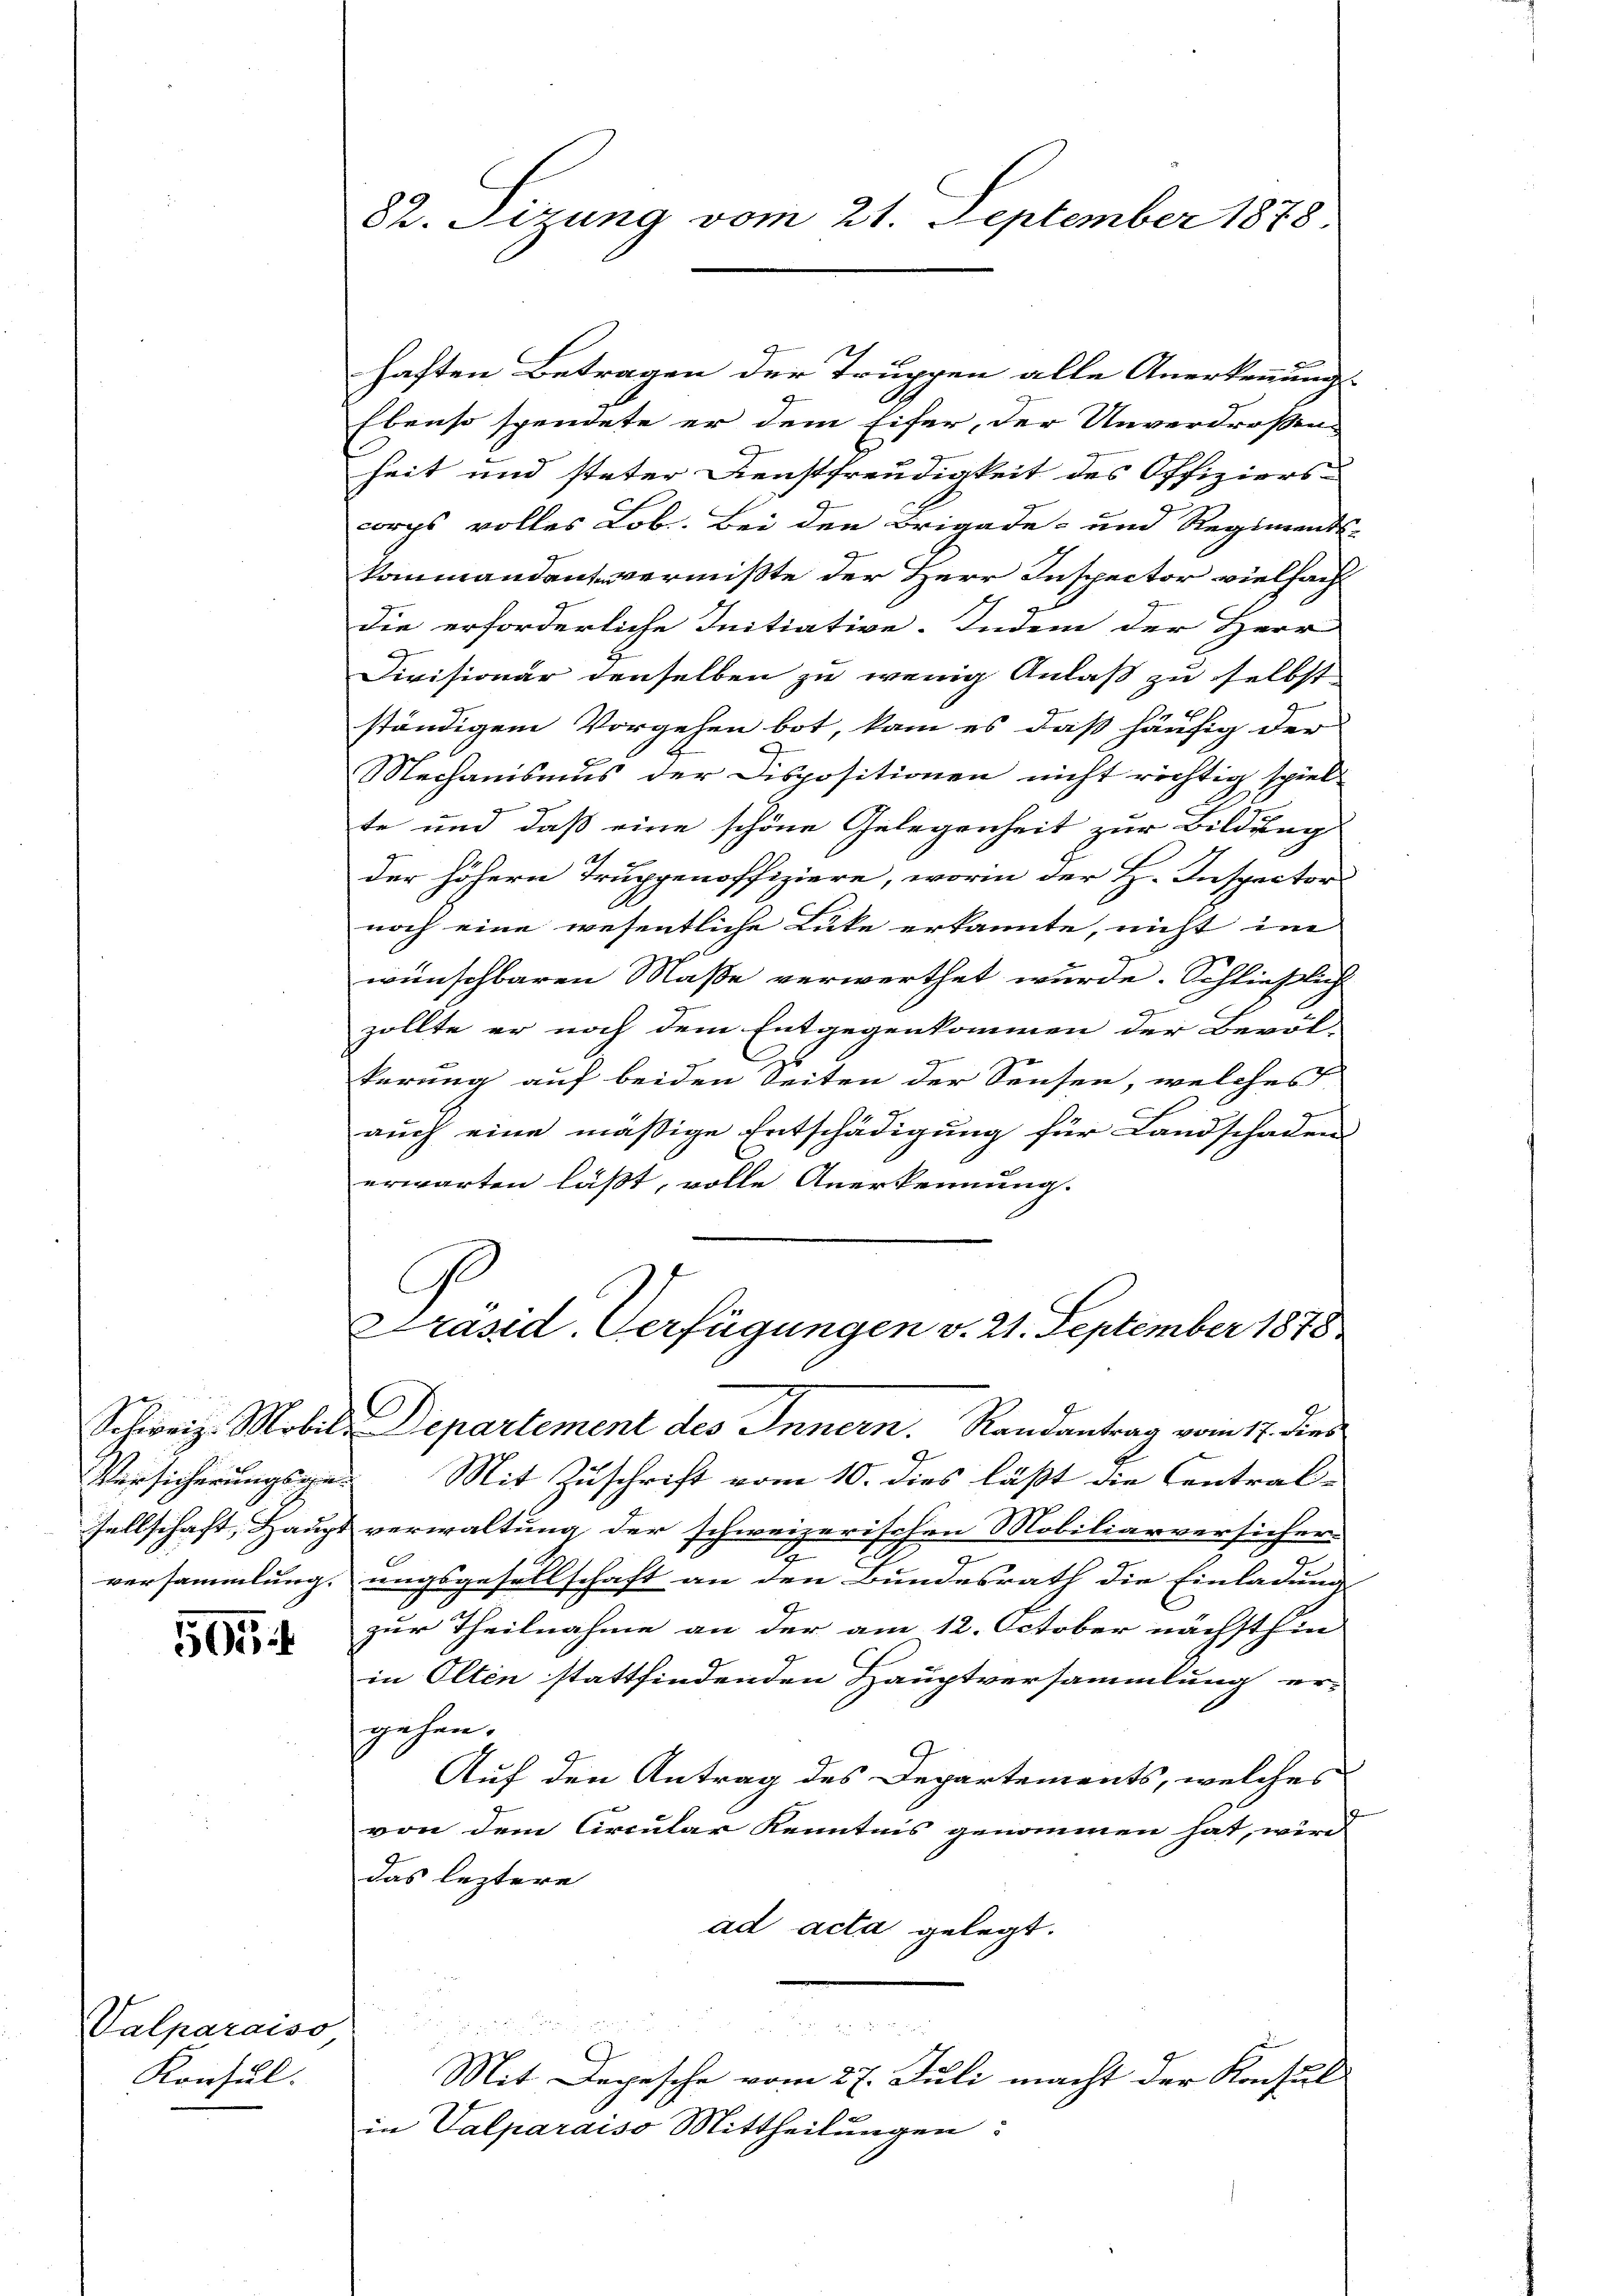
Schweiz. Mobil
Versicherungsve
sellschaft, Haupt
versammlung.

505

Valparaiso
Konsul.

82. Sizung vom 21. September 1878.

haften Betragen der Truppen alle Anerkennung
Ebenso spendete er dem Eifer, der Unverdrossen
heit und steter Dienstfreudigkeit des Offiziers
corps volles Lob. Bei den Brigade- und Regiments-
kammandant vermißte der Herr Inspector vielfachdie erforderliche Initiative. Indem der Herr
Divisionar denselben zu wenig Anlaß zu selbst
ständigem Vorgehen bot, kam es daß häufig der
Mechanismus der Dispositionen nicht richtig spiel
te und daß eine schöne Gelegenheit zur Bildung
2
der höhern Truppenoffiziere, worin der H. Inspector
noch eine wesentliche Lücke erkannte, nicht im
wünschbaren Maße verwerthet wurde. Schließlich
zollte er noch dem Entgegenkommen der Bevöl-
terung auf beiden Seiten der Sensen, welches
d
aŭch eine mäßige Entschädigung für Landschadens
erwarten läßt, volle Anerkennung.
G.
Präsid. Verfügungen v. 21. September 1878
Departement des Innern. Randantrag vom 17. dies
Mit Zuschrift vom 10. dies läßt die Central-
verwaltung der schweizerischen Mobiliarversicher-
2
ungsgesellschaft an den Bundesrath die Einladung
zur Theilnahme an der am 12. October nächsthin
in Olten stattfindenden Hauptversammlung er-
gehen.
Auf den Antrag des Departements, welches
von dem Circular Kenntnis genommen hat, wird
das leztere
ad acta gelegt.

 x
Mit Depesche vom 27. Juli macht der Konsul
in Valparaiso Mittheilungen: